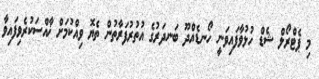
މި ޕެޓްރޯލް ޝެޑް ހުޅުވާފައިވަނީ ހޯނޑެއްދޫ ބަނދަރުގެ އުތުރުފަރާތުން ތެޔޮ ވިއްކުމަށް ޚާއްސަކުރެވިފައިވާ